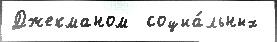
Джекманом  социа́льных